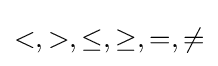
<,>,\leq ,\geq ,=,\neq